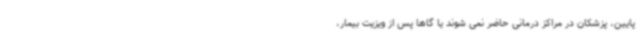
پایین، پزشکان در مراکز درمانی حاضر نمی شوند یا گاها پس از ویزیت بیمار،